Report on vaccination in Madras 1877-1894 - 1877-1894
Year: 1877
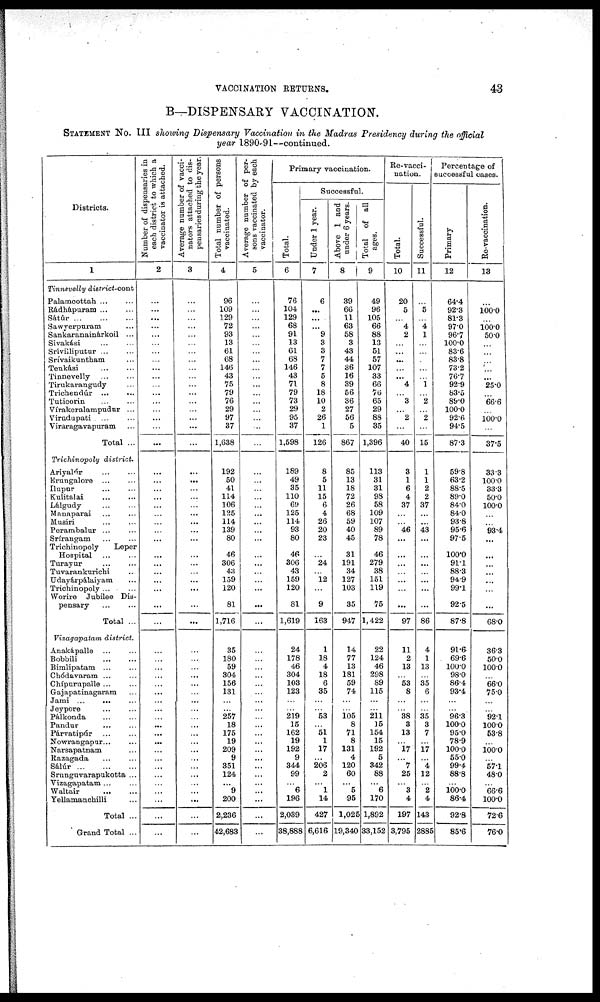
VACCINATION RETURNS.
43
B—DISPENSARY VACCINATION.
STATEMENT NO.III showing Dispensary Vaccination in the Madras Presidency during the official
year 1890-91—continued.
Districts.
1
Tinnevelly district-cont
Palamcottah ... ...
Rádhápuram ... ...
Sátúr
...
...
...
Sawyerpuram ...
Sankaranainárkoil ...
Sivakási ... ...
Srívilliputur ... ...
Srívaikuntham ...
Tenkási ... ...
Tinnevelly
...
...
Tirukarangudy ...
Trichendúr ... ...
Tuticorin ... ...
Vírakeralampudur ...
Virudupati ... ...
Viraragavapuram ...
Total ...
Trichinopoly district.
Ariyaúr ... ...
Erungalore ... ...
Ilupur ... ...
Kulitalai ... ...
Lálgudy ... ...
Manaparai ... ...
Musiri ... ...
Perambalur ... ...
Srírangam ... ...
Trichinopoly
Leper
Hospital
...
...
Turayur ... ...
Tuvarankurichi ...
Udayárpálaiyam ...
Trichinopoly ... ...
Worire Jubilee Dis-
pensary ... ...
Total ...
Vizagapatam district.
Anakápalle ... ...
Bobbili
...
...
Bimlipatam ... ...
Chódavaram ... ...
Chípurupalle ... ...
Gajapatinagaram ...
Jami ... ... ...
Jeypore ... ...
Pálkonda
...
...
Pandur ... ...
Párvatipúr ... ...
Nowrangapur... ...
Narsapatnam ...
Razagada
... ...
Sálúr
...
...
...
Srunguvarapukotta ...
Vizagapatam ... ...
Waltair
...
...
Yellamanchilli ...
Total ...
Grand Total ...
Number of dispensaries in
each district to which a
vaccinator is attached.
2
...
...
...
...
...
...
...
...
...
...
...
...
...
...
...
...
...
...
...
...
...
...
...
...
...
...
...
...
...
...
...
...
...
...
...
...
...
...
...
...
...
...
...
...
...
...
...
...
...
...
...
...
...
...
Average number of vacci-
nators attached to dis-
pensaries during the year.
3
...
...
...
...
...
...
...
...
...
...
...
...
...
...
...
...
...
...
...
...
...
...
...
...
...
...
...
...
...
...
...
...
...
...
...
...
...
...
...
...
...
...
...
...
...
...
...
...
...
...
...
...
...
...
Total number of persons
vaccinated.
4
96
109
129
72
93
13
61
68
146
43
75
79
76
29
97
37
1,638
192
50
41
114
106
125
114
139
80
46
306
43
159
120
81
1,716
35
180
59
304
156
131
...
...
257
18
175
19
209
9
351
124
...
9
200
2,236
42,683
Average number of per-
sons vaccinated by each
vaccinator.
5
...
...
...
...
...
...
...
...
...
...
...
...
...
...
...
...
...
...
...
...
...
...
...
...
...
...
...
...
...
...
...
...
...
...
...
...
...
...
...
...
...
...
...
...
...
...
...
...
...
...
...
...
...
...
Primary vaccination.
Total.
6
76
104
129
68
91
13
61
68
146
43
71
79
73
29
95
37
1,598
189
49
35
110
69
125
114
93
80
46
306
43
159
120
81
1,619
24
178
46
304
103
123
...
...
219
15
162
19
192
9
344
99
...
6
196
2,039
38,888
Successful.
Under 1 year.
7
6
...
...
...
9
3
3
7
7
5
8
18
10
2
26
1
126
8
5
11
15
6
4
26
20
23
...
24
...
12
...
9
163
1
18
4
18
6
35
...
...
53
...
51
1
17
...
206
2
... 1
14
427
6,616
Above 1 and
under 6 years.
8
39
66
11
63
58
3
43
44
36
16
39
56
36
27
56
5
867
85
13
18
72
26
68
59
40
45
31
191
34
127
103
35
947
14
77
13
181
59
74
...
...
105
8
71
8
131
4
120
60
... 5
95
1,025
19,340
Total of all
ages.
9
49
96
105
66
88
13
51
57
107
33
66
76
65
29
88
35
1,396
113
31
31
98
58
109
107
89
78
46
279
38
151
119
75
1,422
22
124
46
298
89
115
...
...
211
15
154
15
192
5
342
88
... 6
170
1,892
33,152
Re-vacci-
nation.
Total.
10
20
5
...
4
2
...
...
...
...
...
4
...
3
...
2
...
40
3
1
6
4
37
...
...
46
...
...
...
...
...
...
...
97
11
2
13
...
53
8
...
...
38
3
13
...
17
...
7
25
...
3
4
197
3,795
Successful.
11
...
5
...
4
1
...
...
...
...
...
1
...
2
...
2
...
15
1
1
2
2
37
...
...
43
...
...
...
...
...
...
...
86
4
1
13
...
35
6
...
...
35
3
7
...
17
...
4
12
...
2
4
143
2885
Percentage of
successful cases.
Primary
12
64.4
92.3
81.3
97.0
96.7
100.0
83.6
83.8
73.2
76.7
92.9
83.5
89.0
100.0
92.6
94.5
87.3
59.8
63.2
88.5
89.0
84.0
84.0
93.8
95.6
97.5
100.0
91.1
88.3
94.9
99.1
92.5
87.8
91.6
69.6
100.0
98.0
86.4
93.4
...
...
96.3
100.0
95.0
78.9
100.0
55.0
99.4
88.8
...
100.0
86.4
92.8
85.6
Re-vaccination.
13
...
100.0
...
100.0
50.0
...
...
...
...
...
25.0
...
66.6
...
100.0
...
37.5
33.3
100.0
33.3
50.0
100.0
...
...
93.4
...
...
...
...
...
...
...
68.0
36.3
50.0
100.0
...
66.0
75.0
...
...
92.1
100.0
53.8
...
100.0
...
57.1
48.0
...
66.6
100.0
72.6
76.0